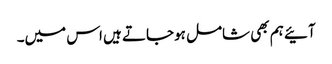
آئیے ہم بھی شامل ہوجاتے ہیں اس میں۔